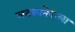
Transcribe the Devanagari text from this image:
लटकानेवाला